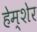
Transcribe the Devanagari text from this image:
हेम्शेर